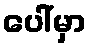
ပေါ်မှာ